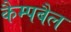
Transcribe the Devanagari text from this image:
कैम्पबैल